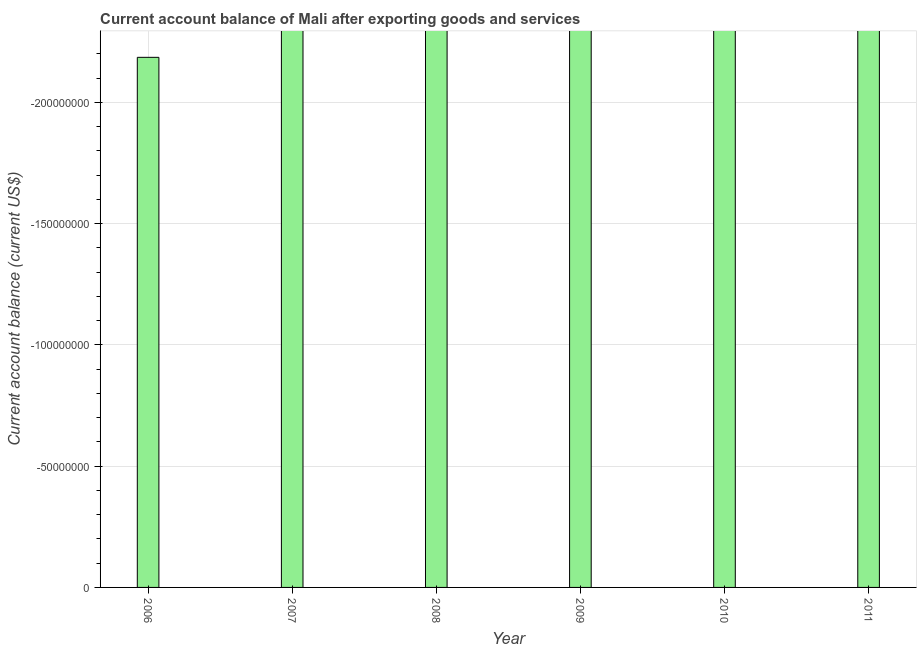
| Year | Current account balance |
 | --- | --- |
 | 2006 | -2.19e+08 |
 | 2007 | -5.81e+08 |
 | 2008 | -1.06e+09 |
 | 2009 | -6.55e+08 |
 | 2010 | -1.19e+09 |
 | 2011 | -6.56e+08 |